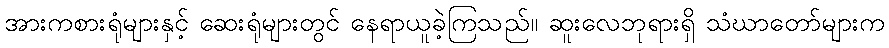
အားကစားရုံများနှင့် ဆေးရုံများတွင် နေရာယူခဲ့ကြသည်။ ဆူးလေဘုရားရှိ သံဃာတော်များက